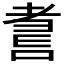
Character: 𱻮